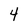
Character: 4